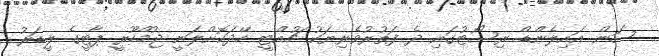
ސަން އައިލެންޑް ރިސޯޓުގައި ދެ ފަތުރުވެރިޔަކު ޗުއްޓީ ހޭދަކޮށްލަނީ ޖުމްހޫރީ ޕާޓީގެ ލީޑަރު